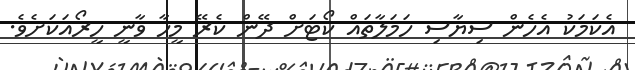
އެކަަމަކު އެހެން ސިޔާސި ހަމަލާތައް ކޯޓަށް ދޭން ކެރޭ މީހާ ވާނީ ހީރޯއަކަށެވެ.